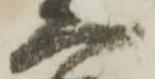
太